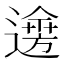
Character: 𨗌